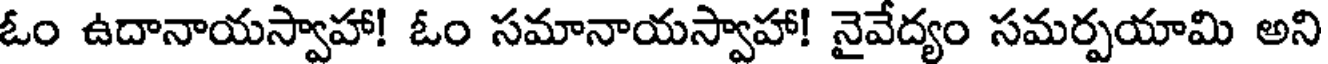
ఓం ఉదానాయస్వాహా! ఓం సమానాయస్వాహా! నైవేద్యం సమర్పయామి అని